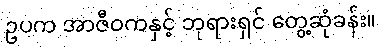
ဥပက အာဇီဝကနှင့် ဘုရားရှင် တွေ့ဆုံခန်း။